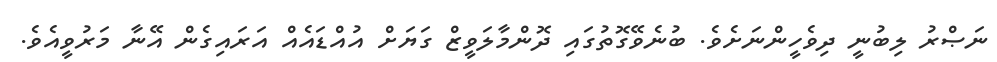
ނަޞްރު ލިބުނީ ދިވެހީންނަށެވެ. ބުނެވޭގޮތުގައި ދޮންމާލަވީޒް ގަޔަށް އުއްޑައެއް އަރައިގެން އޭނާ މަރުވީއެވެ.